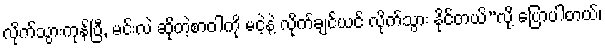
လိုက်သွားကုန်ပြီ, မင်းလဲ ဆိုတဲ့စာဝါကို မငဲ့နဲ့ လိုက်ချင်ယင် လိုက်သွား နိုင်တယ်”လို့ ပြောပါတယ်၊